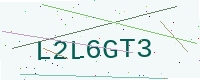
Text: L2L6GT3